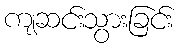
ကျဆင်းသွားခြင်း